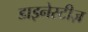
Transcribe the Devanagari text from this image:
डाइनेस्टीज़